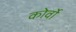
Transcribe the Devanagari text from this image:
कोर्वो